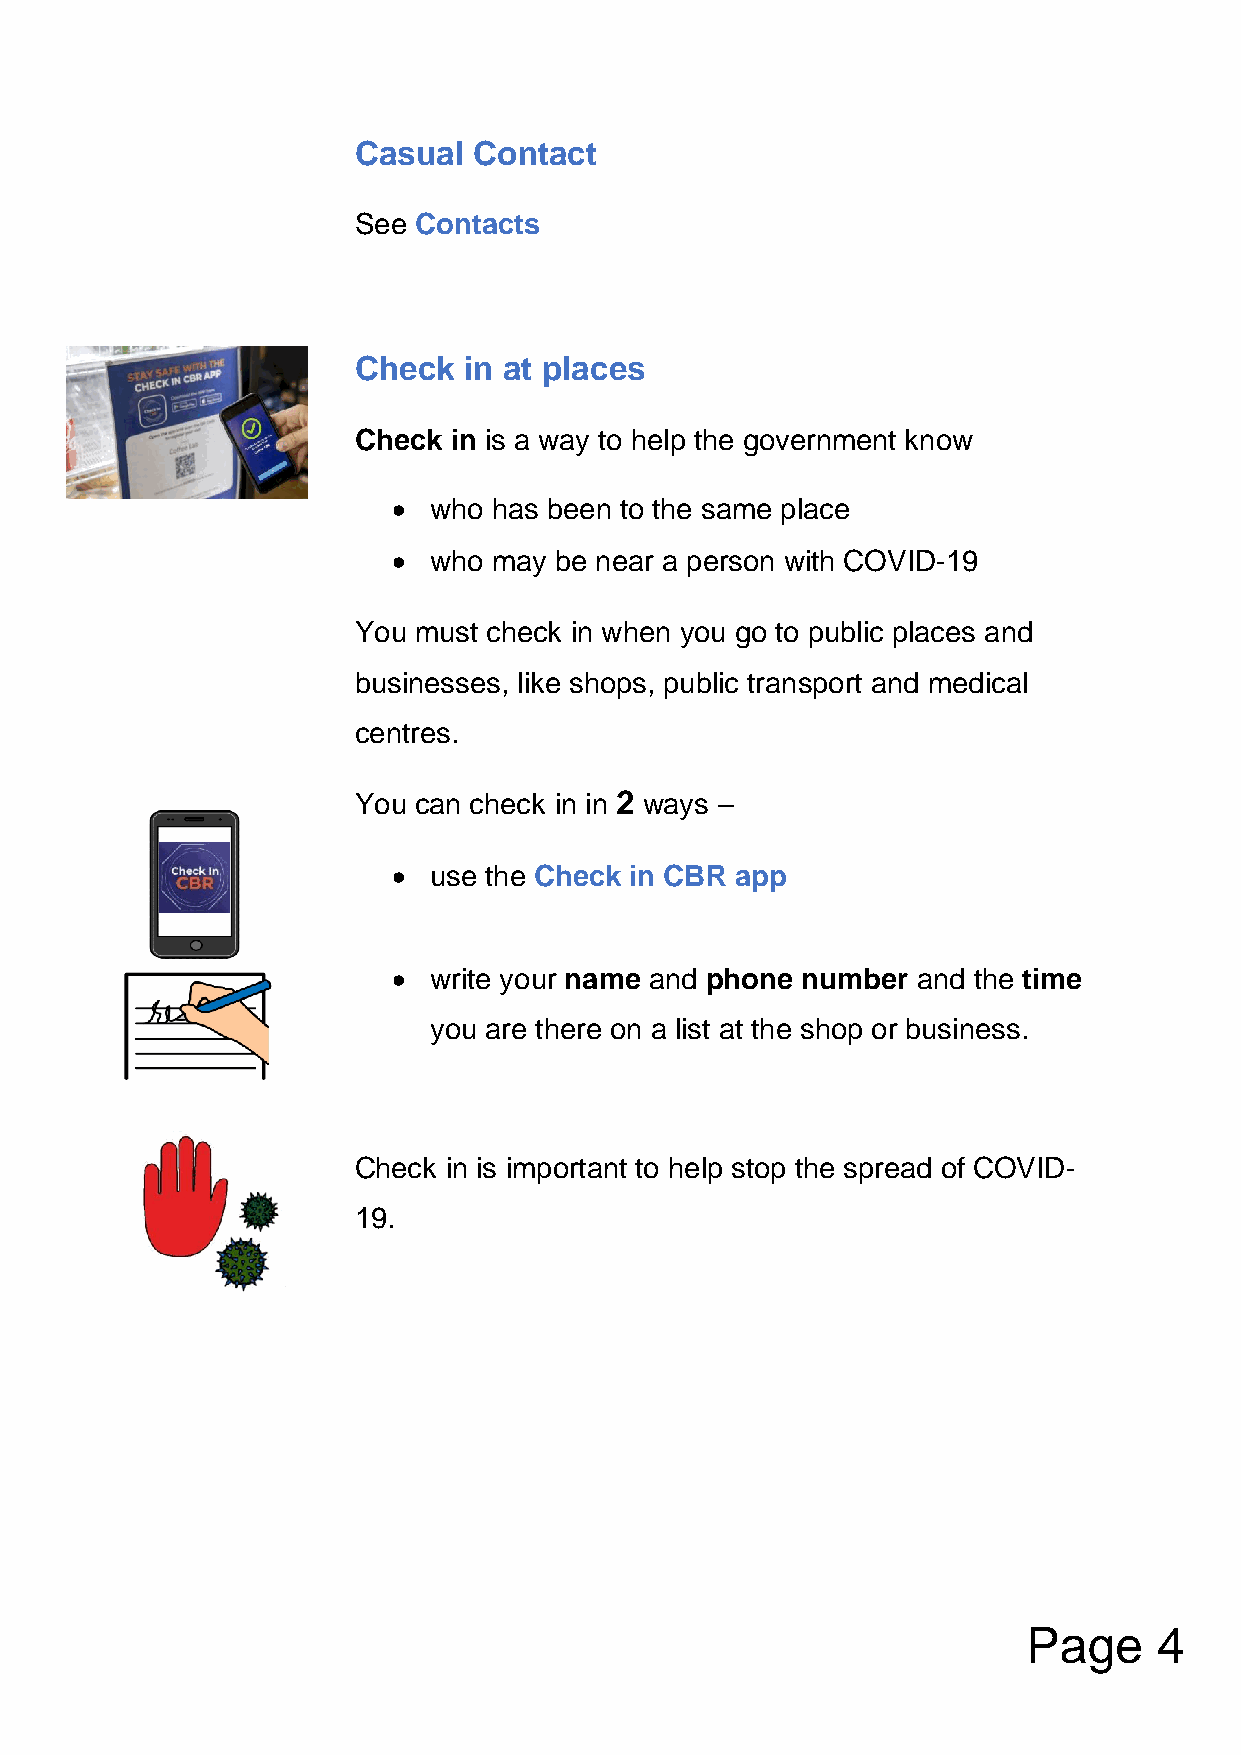
Casual  Contact
 See Contacts
 Check   in at places
 Check  in is a way to help the government know
 • who  has been to the same place
 • who  may be near a person with COVID-19
 You must check in when you go to public places and
 businesses, like shops, public transport and medical
 centres.
 You can check in in 2 ways –
 • use the Check in CBR app
 • write your name and phone number and the time
 you are there on a list at the shop or business.
 Check in is important to help stop the spread of COVID-
 19.
 Page     4